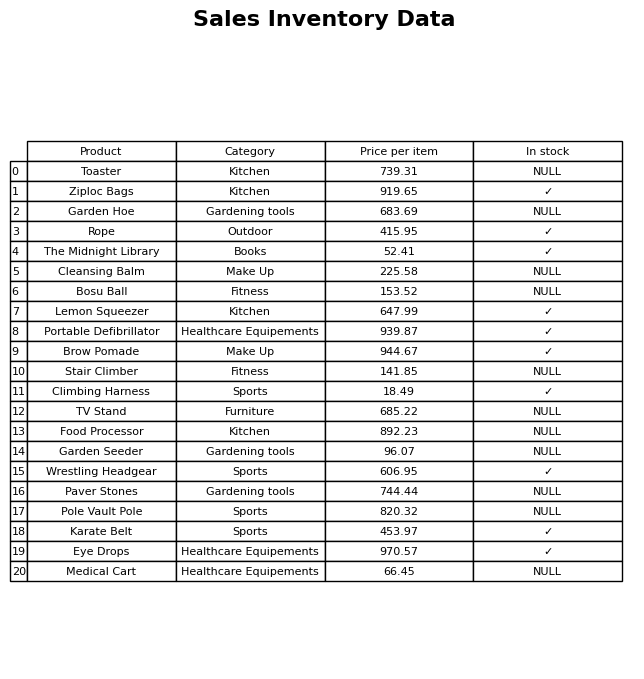
question: Which products are currently out of stock?
answer: Toaster, Garden Hoe, Cleansing Balm, Bosu Ball, Stair Climber, TV Stand, Food Processor, Garden Seeder, Paver Stones, Pole Vault Pole, Medical Cart